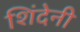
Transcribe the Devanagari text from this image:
शिंदेनी